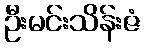
ဦးမင်းသိန်းဇံ